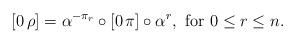
LaTeX: \begin{align*}[0\,\rho]=\alpha^{-\pi_r}\circ[0\,\pi]\circ\alpha^r,\mbox{ for } 0\le r \le n.\end{align*}